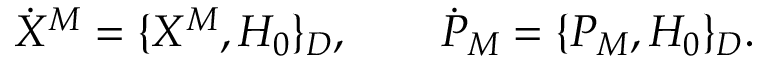
\dot { X } ^ { M } = \{ X ^ { M } , H _ { 0 } \} _ { D } , \qquad \dot { P } _ { M } = \{ P _ { M } , H _ { 0 } \} _ { D } .